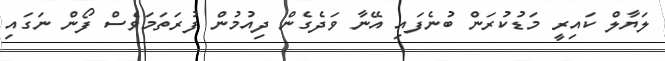
ލަޔާލް ކައިރީ މަޑުކުރަން ބުނެފައި އޭނާ ވަދެގެން ދިއުމުން ފުރަތަމަވެސް ފޯން ނަގައި